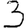
Digit: 3